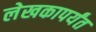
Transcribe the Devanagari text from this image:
लेखकापर्यंत